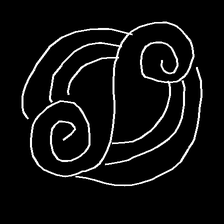
Glyph: wind-underfoot